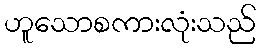
ဟူသောစကားလုံးသည်